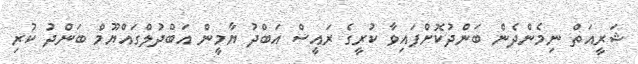
ޝަރީއަތް ނިމެންދެން ބަންދުކޮށްފައިވާ ކުރީގެ ރައީސް އަބްދު ޔާމީން އަބްދުލްގައްޔޫމް ބަންދު ކުރި